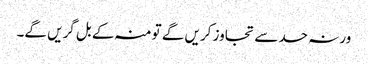
ورنہ حد سے تجاوز کریں گے تو منہ کے بل گریں گے۔